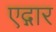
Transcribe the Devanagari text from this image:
एद्गार